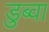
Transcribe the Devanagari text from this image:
डुब्वा